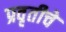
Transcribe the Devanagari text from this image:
प्रवृतीचे